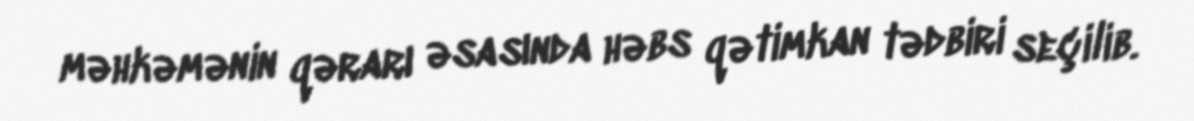
məhkəmənin qərarı əsasında həbs qətimkan tədbiri seçilib.